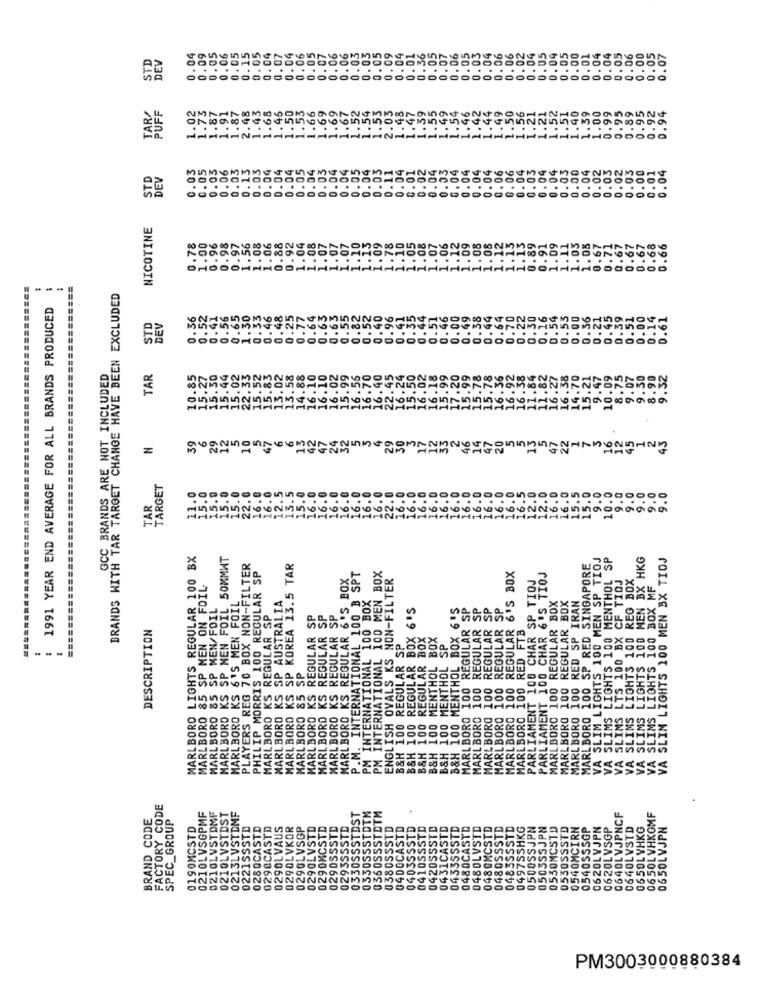
0.05
0.07
0.06
0.03
0.05
0.09
0.02
0.00
0.05
STD
DEV
1.04
0.09
0.05
0.06
0.15
0.05
0.04
0.07
0.04
0.06
0.05
0.06
0.03
0.04
0.01
0.36
0.05
0.07
0.06
0.05
0.03
0.06
0.06
0.04
0.05
0.04
0.05
0.00
0.01
0.04
0.04
0.05
0.06
0.07
0.
1.02
1.73
1.87
1.91
1.87
2.48
1.43
1.68
1.46
1.50
1.53
1.66
1.69
1.69
1.67
1.52
1.54
1.53
2.03
1.48
1.39
1.55
1.54
1.96
1.42
1.44
1.49
1.50
1.56
1.21
1.21
.52
1.51
1.46
1.59
1.00
0.99
0.95
0.89
0.95
0.92
0.94
PUFF
1.47
1.4
0.03
0.05
0.03
0.06
0.03
0.13
0.03
0.04
0.04
0.04
0.05
0.04
0.03
0.04
0.04
0.05
0.04
0.03
0.11
0.04
0.01
0.02
0.04
0.03
0.04
0.04
0.04
0.04
0.06
0.06
0.04
0.03
0.04
0.04
0.03
0.00
0.04
0.02
0.03
0.02
0.03
0.00
0.01
0.04
STD
DEV
NICOTINE
1.00
0.96
0.92
1.10
1.07
1.12
1.09
1.08
1.08
1.13
0.78
0.98
0.97
1.56
1.08
1.06
0.88
1.04
1.08
1.07
1.07
1.07
1.10
1.13
1.09
1.78
1.05
1.08
1.06
1.12
1.13
0.89
0.91
1.09
1.11
1.03
1.08
0,67
0.71
0.67
0.67
0.67
0.68
0.66
BRANDS WITH TAR TARGET CHANGE HAVE BEEN EXCLUDED
1991 YEAR END AVERAGE FOR ALL BRANDS PRODUCED
0.33
0.63
0.63
0. 56
0.52
0.56
0.65
1.50
0.46
48
0.25
0.77
0.64
0.52
.40
0.51
0.46
0.00
0.49
.38
0.70
0.22
.30
0.16
0.54
0.53
0.00
0.36
0.21
0.45
0.39
0.51
0.00
0.14
0.61
STD
DEV
0.4.
0.5.
0.88
0.44
16.27
GCC BRANDS ARE NOT INCLUDED
TAR
10.85
15.30
15.44
15.02
22.33
15.52
15.83
13.02
13.58
14.88
16.10
16.10
16.02
16.56
16.70
16.40
1.82
16.38
4.70
5.21
9.47
10.09
3.75
9.07
.30
3.90
9.32
39
6
29
5
5
47
6
6
24
32
47
22
10
13
42
47
HM
TARGET
15.0
12.5
3.5
5.0
6.0
6.0
6.0
16.0
6.0
.0
2.0
0.0
TAR
....
MARLBORO LIGHTS REGULAR 100 BX
MARLBORO KS SP MEN FOIL 50MMWT
VA SLIM LIGHTS 100 MEN SP TIOJ
SLIMS LIGHTS 100 MENTHOL SP
SLIMS LIGHTS 100 MEN BX HKG
VA SLIM LIGHTS 100 MEN BX TIOJ
PLAYERS REG 70 BOX NON-FILTER
PHILIP MORRIS 100 REGULAR SP
MARLBORO KS SP KOREA 13.5 TAR
PM INTERNATIONAL 100 MEN BOX
MARLBORO 100 REGULAR 6'S BOX
MARLBORO 100 SP RED SINGAPORE
REGULAR 6'S BOX
P.M. INTERNATIONAL 100 B SPT
ENGLISH OVALS KS NON-FILTER
PARLIAMENT 100 CHAR SP TIOJ
PARLIAMENT 100 CHAR 6'S TIOJ
VA SLIMS LTS 100 BX CF TIQJ
LIGHTS 100 REG BOX
MARLBORO 85 SP MEN ON FOIL
VA SLIMS LIGHTS 100 BOX MF
'S 6'S MEN FOIL
PM INTERNATIONAL 100 BOX
MARLBORO 100 RED SP IRAN
MARLBORO 85 SP MEN/FOIL
MARLBORO KS REGULAR SP
MARLBORO KS SP AUSTRALIA
B&H 100 REGULAR BOX 6'S
B&H 100 MENTHOL BOX 6'S
MARLBORO 100 REGULAR SP
MARLBORO 100 REGULAR SP
MARLBORO 100 REGULAR SP
MARLBORO 100 REGULAR SP
MARLBORO 100 REGULAR BOX
MARLBORO 100 REGULAR BOX
'S REGULAR SP
KS REGULAR SP
KS REGULAR SP
DESCRIPTION
MARLBORO 100 RED FTB
B&H 100 REGULAR BOX
B&H 100 MENTHOL BOX
B&H 100 MENTHOL SP
B&H 100 REGULAR S
85 SP
MARLBORO KS
VA SLIMS
MARLBORO
MARLBORO
MARLBORO
MARLBORO
MARLBORO
VA S
FACTORY CODE
0210LVSGPMF
0210LVSTDMF
BRAND CODE
SPEC_GROUP
0210LVSTEST
0213LVSTDMF
TD
SSSTDST
SSSTDTM
TDTM
0640LVJPNCF
06 50L VHKOMF
0190MCSTD
0221SSSTD
0280CASTD
0290CASTD
0290LVAUS
KOR
0290LVSGP
STD
STD
STD
STD
STD
STD
STD
STD
HKG
JPN
JPN
530MCSTD
550SSSTD
MCIRN
0540SSSGP
0620LVJPN
0620LVSGP
0640LVSTD
0650L YHKG
0650LVJPN
PM3003000880384